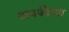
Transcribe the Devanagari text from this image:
टायफीच्या